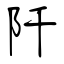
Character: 阡